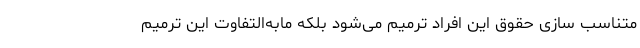
متناسب سازی حقوق این افراد ترمیم می‌شود بلکه مابه‌التفاوت این ترمیم